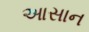
આસાન